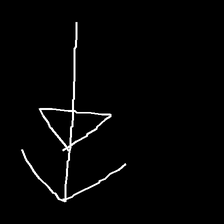
Glyph: pull